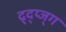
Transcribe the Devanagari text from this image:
द्र्द्य्ज्ग